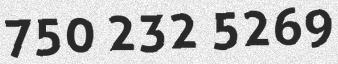
750 232 5269